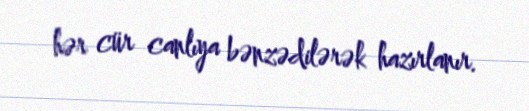
hər cür canlıya bənzədilərək hazırlanır.